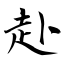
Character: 赴